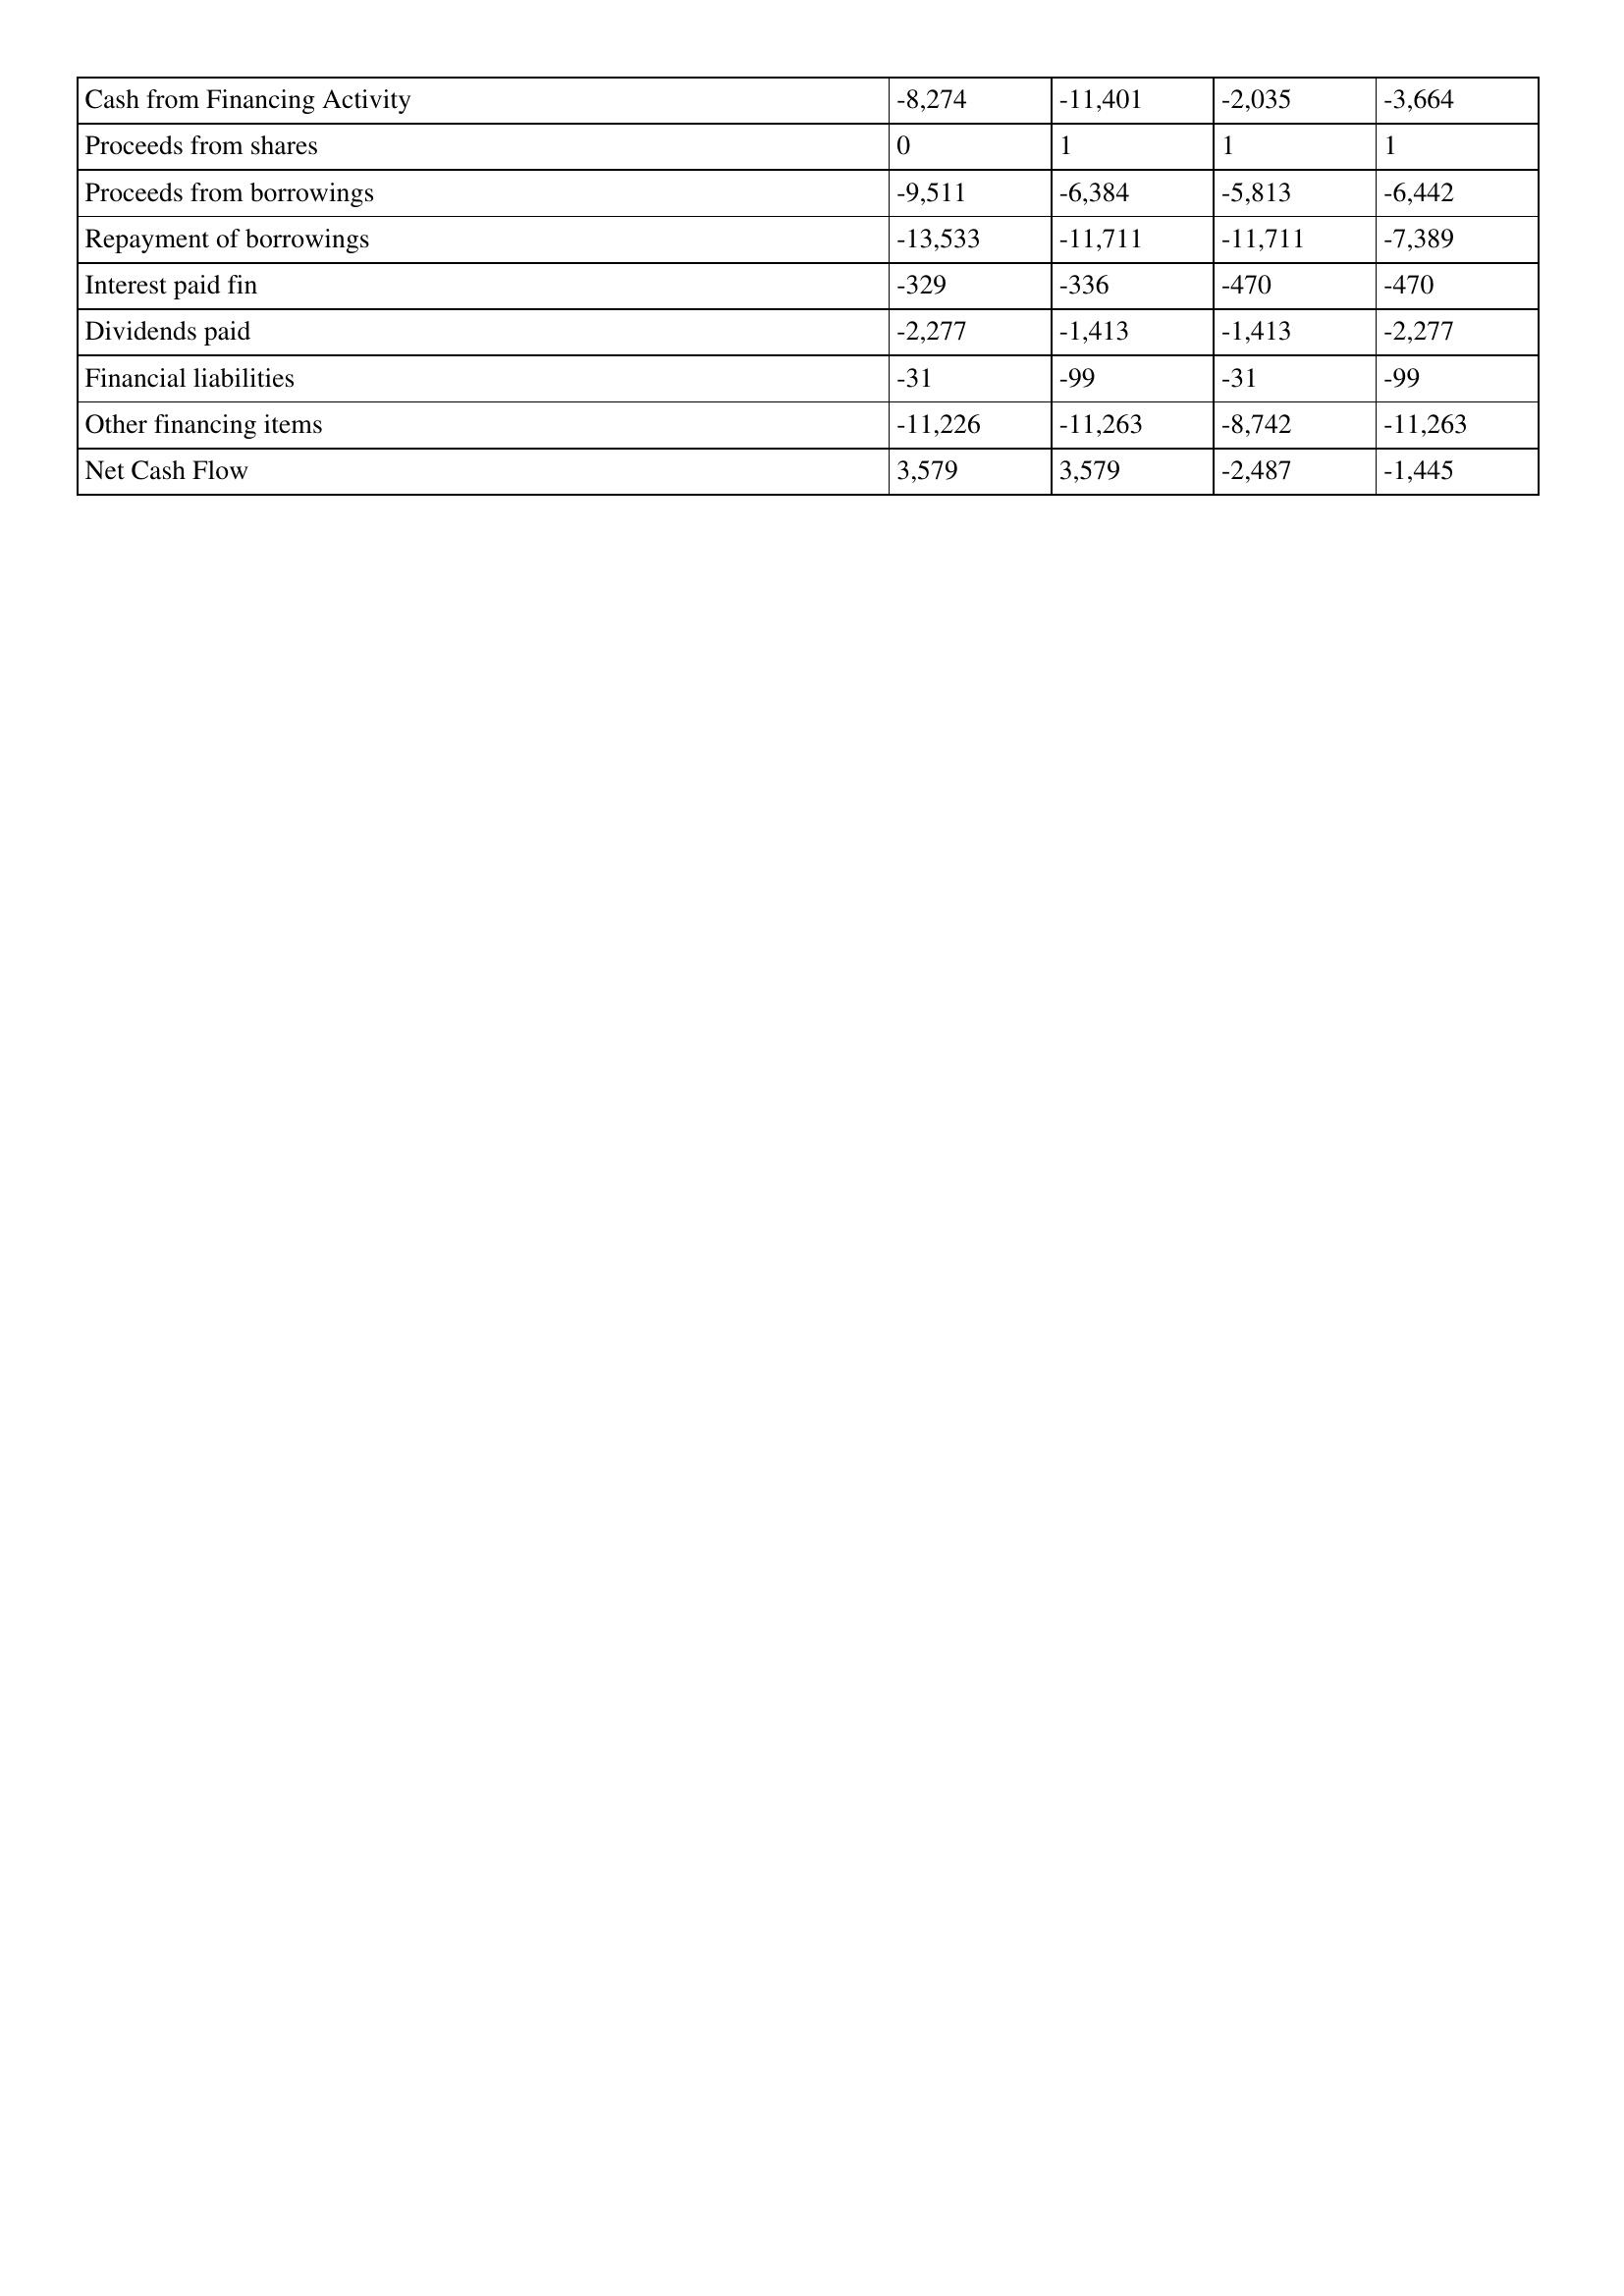
gt_parse: 2013: Cash Flows: Cash from Financing Activity: -8,274
Proceeds from shares: 0
Proceeds from borrowings: -9,511
Repayment of borrowings: -13,533
Interest paid fin: -329
Dividends paid: -2,277
Financial liabilities: -31
Other financing items: -11,226
Net Cash Flow: 3,579
2012: Cash Flows: Cash from Financing Activity: -11,401
Proceeds from shares: 1
Proceeds from borrowings: -6,384
Repayment of borrowings: -11,711
Interest paid fin: -336
Dividends paid: -1,413
Financial liabilities: -99
Other financing items: -11,263
Net Cash Flow: 3,579
2011: Cash Flows: Cash from Financing Activity: -2,035
Proceeds from shares: 1
Proceeds from borrowings: -5,813
Repayment of borrowings: -11,711
Interest paid fin: -470
Dividends paid: -1,413
Financial liabilities: -31
Other financing items: -8,742
Net Cash Flow: -2,487
2010: Cash Flows: Cash from Financing Activity: -3,664
Proceeds from shares: 1
Proceeds from borrowings: -6,442
Repayment of borrowings: -7,389
Interest paid fin: -470
Dividends paid: -2,277
Financial liabilities: -99
Other financing items: -11,263
Net Cash Flow: -1,445